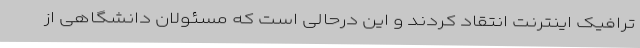
ترافیک اینترنت انتقاد کردند و این درحالی است که مسئولان دانشگاهی از